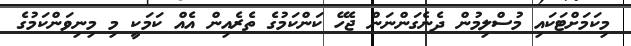
މިކަމަށްޓަކައި މުސްލިމުން ދެނެގަންނަން ޖެހޭ ކަންކަމުގެ ތެރެއިން އެއް ކަމަކީ މި މިނިވަންކަމުގެ